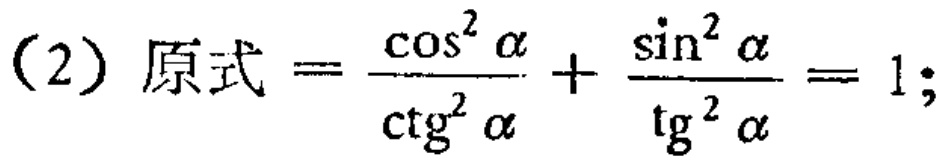
（2）原式 \(=\frac{\cos^{2}\alpha}{\ctg^{2}\alpha}+\frac{\sin^{2}\alpha}{\tg^{2}\alpha}=1\)；